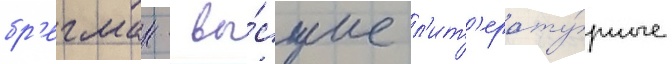
бр'егман - вы́сшие л'ит'ерату́рные